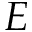
E